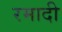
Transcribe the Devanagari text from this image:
रमादी